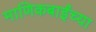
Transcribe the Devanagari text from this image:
माणिकबाईंच्या